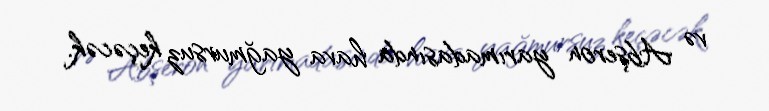
və Abşeron yarımadasında hava yağmursuz keçəcək.